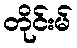
တိုင်းမ်